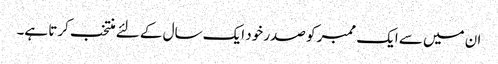
ان میں سے ایک ممبر کو صدر خود ایک سال کے لئے منتخب کرتا ہے۔